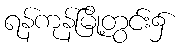
ရန်ကုန်မြို့တွင်း၌